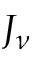
J _ { \nu }